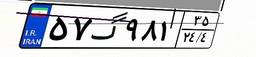
۵۷گ۹۸۱۳۵